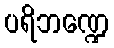
ပရိဘဏ္ဍေ